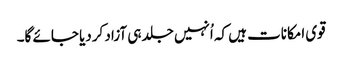
قوی امکانات ہیں کہ اُنہیں جلد ہی آزاد کردیا جائے گا۔